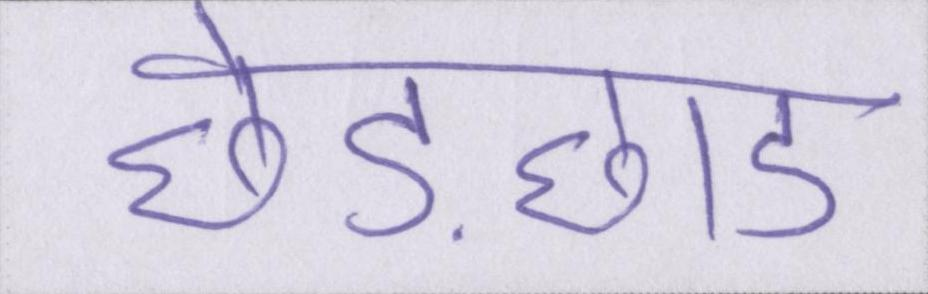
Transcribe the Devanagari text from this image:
छेड़छाड़